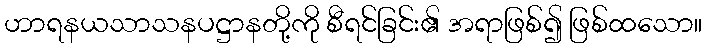
ဟာရနယသာသနပဋ္ဌာနတို့ကို စီရင်ခြင်း၏ အရာဖြစ်၍ ဖြစ်ထသော။